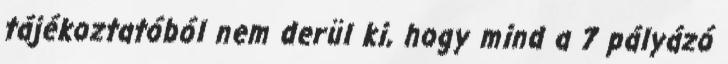
tájékoztatóból nem derül ki, hogy mind a 7 pályázó